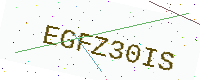
Text: EGFZ30IS